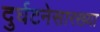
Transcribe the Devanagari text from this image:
दुर्घटनेसारख्या